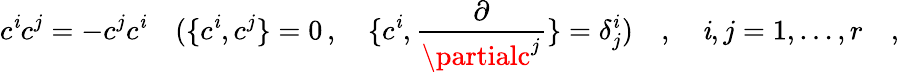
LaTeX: c^{\mathit{i}}c^{j}=-c^{j}c^{\mathit{i}}\quad(\{ c^{\mathit{i}},c^{j}\} =0\, ,\quad\{ c^{\mathit{i}},{\frac{{\partial}}{{\partialc^{j}}}}\} =\delta_{j}^{\mathit{i}})\quad,\quad\mathit{i},j=1,\dots,r\quad,